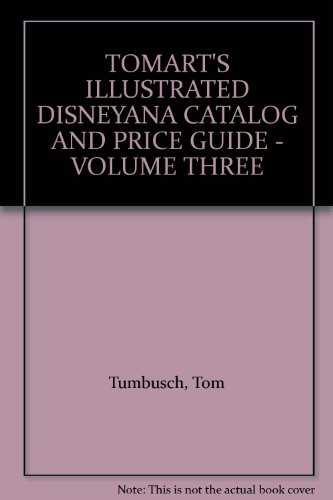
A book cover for TOMART'S ILLUSTRATED DISNEYANA CATALOG AND PRICE GUIDE - VOLUME THREE; Tom Tumbusch; Crafts, Hobbies & Home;